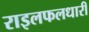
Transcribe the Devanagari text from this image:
राइलफलधारी